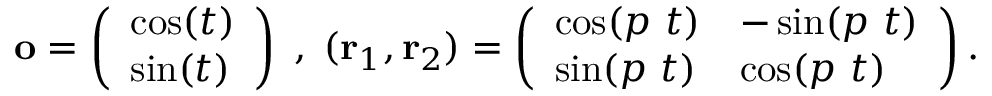
{ \mathbf o } = \left( \begin{array} { l } { \cos ( t ) } \\ { \sin ( t ) } \end{array} \right) \; , \; ( { \mathbf r } _ { 1 } , { \mathbf r } _ { 2 } ) = \left( \begin{array} { l l } { \cos ( p \ t ) } & { - \sin ( p \ t ) } \\ { \sin ( p \ t ) } & { \cos ( p \ t ) } \end{array} \right) .